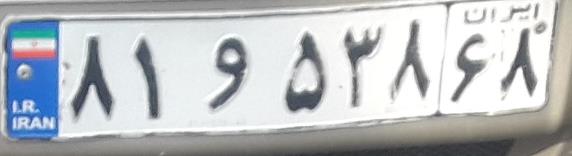
۸۱و۵۳۸۶۸